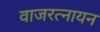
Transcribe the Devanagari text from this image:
वाजरत्नायन